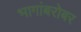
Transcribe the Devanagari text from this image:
भागांबरोबर